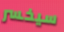
سيخسر